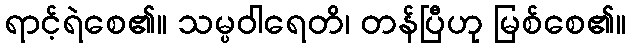
ရာင့်ရဲစေ၏။ သမ္ပဝါရေတိ၊ တန်ပြီဟု မြစ်စေ၏။